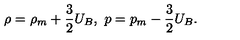
\rho = \rho _ { m } + \frac { 3 } { 2 } U _ { B } , \ p = p _ { m } - \frac { 3 } { 2 } U _ { B } .